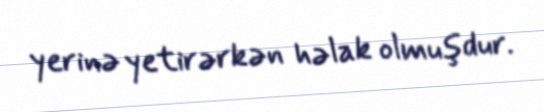
yerinə yetirərkən həlak olmuşdur.